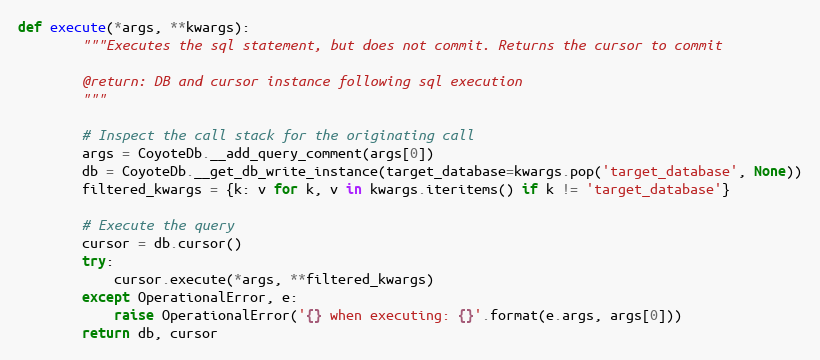
Language: Python
def execute(*args, **kwargs):
        """Executes the sql statement, but does not commit. Returns the cursor to commit

        @return: DB and cursor instance following sql execution
        """

        # Inspect the call stack for the originating call
        args = CoyoteDb.__add_query_comment(args[0])
        db = CoyoteDb.__get_db_write_instance(target_database=kwargs.pop('target_database', None))
        filtered_kwargs = {k: v for k, v in kwargs.iteritems() if k != 'target_database'}

        # Execute the query
        cursor = db.cursor()
        try:
            cursor.execute(*args, **filtered_kwargs)
        except OperationalError, e:
            raise OperationalError('{} when executing: {}'.format(e.args, args[0]))
        return db, cursor